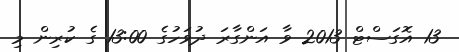
13 އޮގަސްޓް 2013 ވާ އަންގާރަ ދުވަހުގެ 13:00 ގެ ކުރިން މި